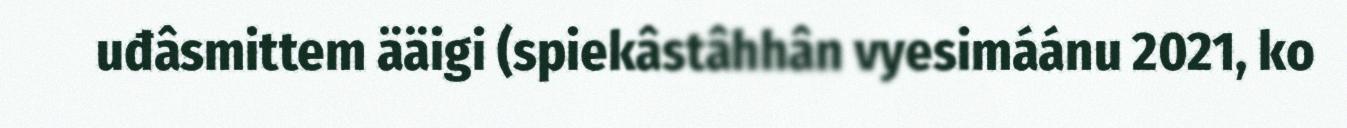
uđâsmittem ääigi (spiekâstâhhân vyesimáánu 2021, ko